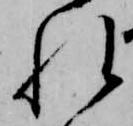
れ